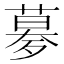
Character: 㱳